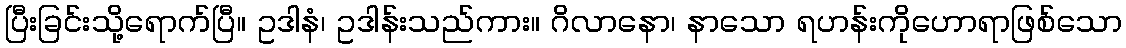
ပြီးခြင်းသို့ရောက်ပြီ။ ဥဒါနံ၊ ဥဒါန်းသည်ကား။ ဂိလာနော၊ နာသော ရဟန်းကိုဟောရာဖြစ်သော